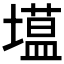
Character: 𮰯